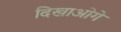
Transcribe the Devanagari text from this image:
दिखाओगे